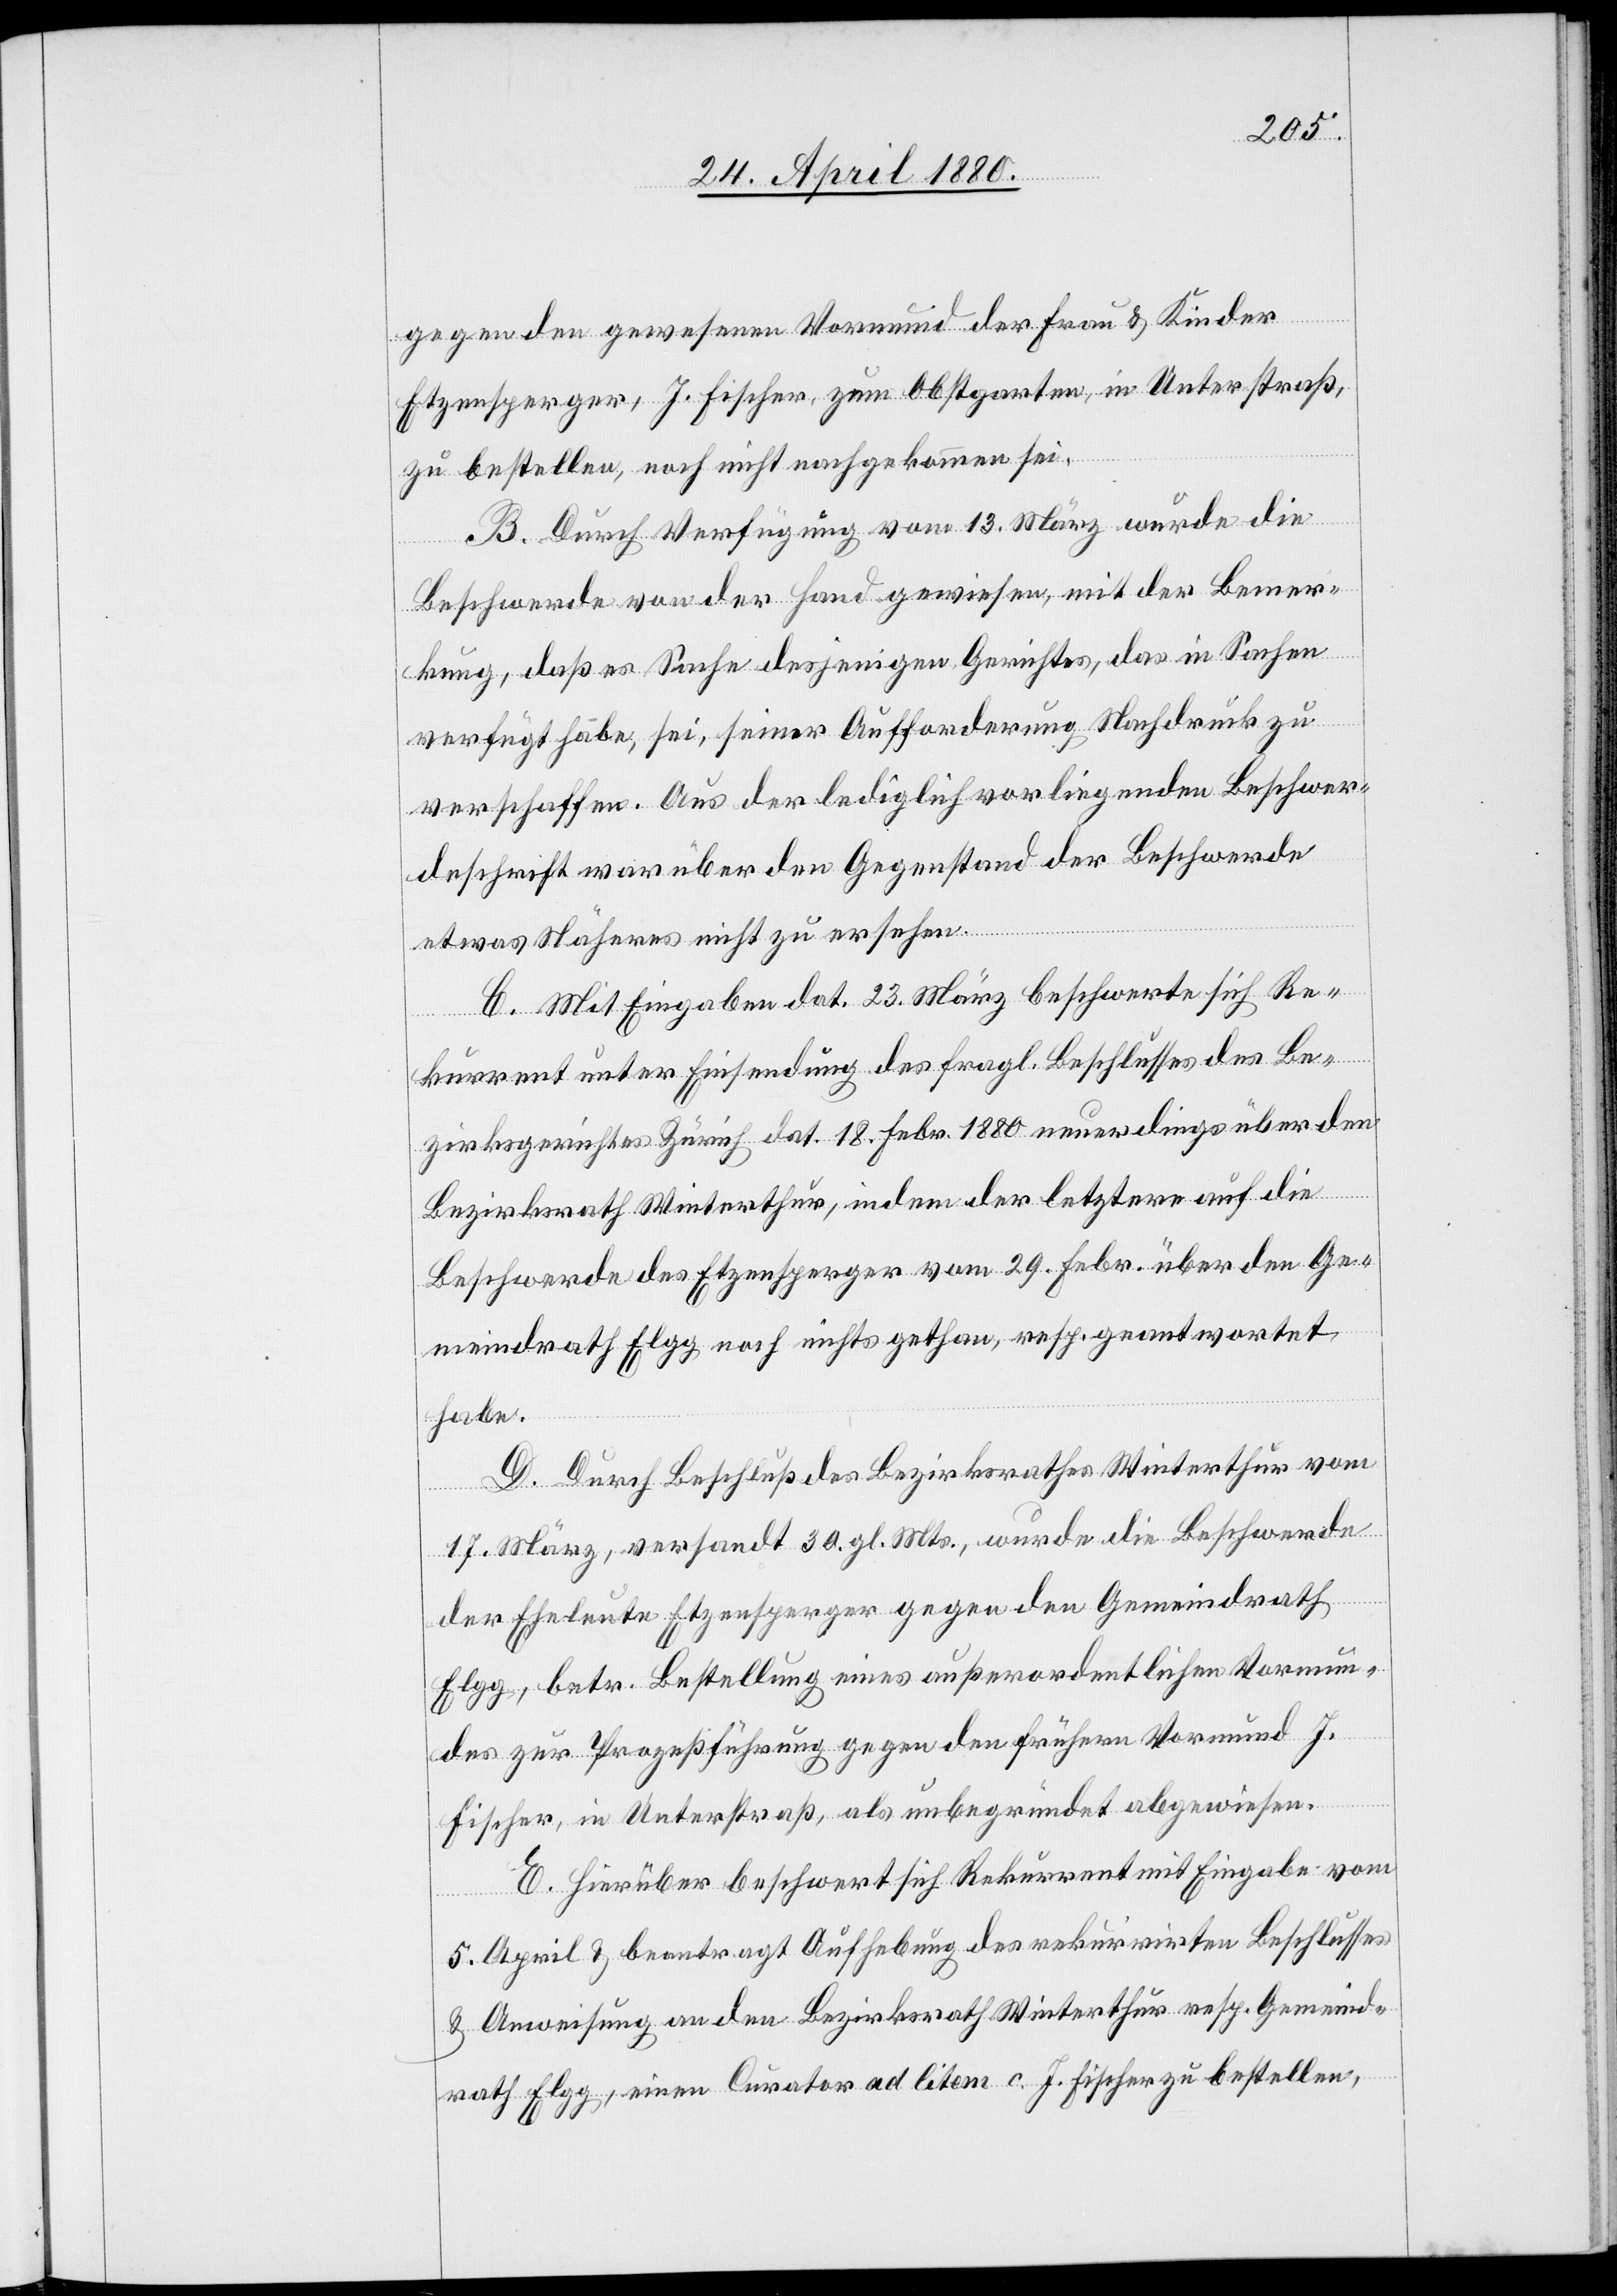
gegen den gewesenen Vormund der Frau & Kinder
Etzensperger, J. Fischer, zum Obstgarten, in Unterstraß,
zu bestellen, noch nicht nachgekommen sei.
B. Durch Verfügung vom 13. März wurde die
Beschwerde von der Hand gewiesen, mit der Bemer¬
kung, daß es Sache desjenigen Gerichtes, das in Sachen
verfügt habe, sei, seiner Aufforderung Nachdruck zu
verschaffen. Aus der lediglich vorliegenden Beschwer¬
deschrift war über den Gegenstand der Beschwerde
etwas Näheres nicht zu ersehen.
C. Mit Eingaben dat. 23. März beschwerte sich Re¬
kurrent unter Einsendung des fragl. Beschlusses des Be¬
zirksgerichtes Zürich dat. 18. Febr. 1880 neuerdings über den
Bezirksrath Winterthur, indem der letztere auf die
Beschwerde des Etzensperger vom 29. Febr. über den Ge¬
meindrath Elgg noch nichts gethan, resp. geantwortet
habe.
D. Durch Beschluß des Bezirksrathes Winterthur vom
17. März, versandt 30. gl. Mts., wurde die Beschwerde
der Eheleute Etzensperger gegen den Gemeindrath
Elgg, betr. Bestellung eines außerordentlichen Vormun¬
des zur Prozeßführung gegen den frühern Vormund J.
Fischer, in Unterstraß, als unbegründet abgewiesen.
E. Hierüber beschwert sich Rekurrent mit Eingabe vom
5. April & beantragt Aufhebung des rekurrirten Beschlusses
& Anweisung an den Bezirksrath Winterthur resp. Gemeind¬
rath Elgg, einen Curator ad litem c. J. Fischer zu bestellen,